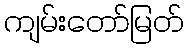
ကျမ်းတော်မြတ်